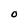
Character: O